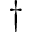
\dag